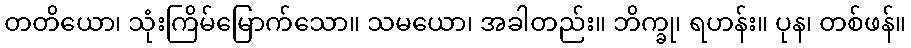
တတိယော၊ သုံးကြိမ်မြောက်သော။ သမယော၊ အခါတည်း။ ဘိက္ခု၊ ရဟန်း။ ပုန၊ တစ်ဖန်။